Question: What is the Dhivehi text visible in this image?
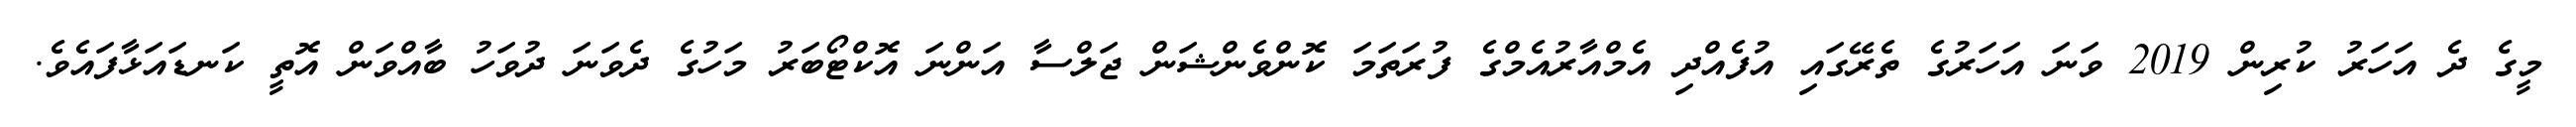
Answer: މީގެ ދެ އަހަރު ކުރިން 2019 ވަނަ އަހަރުގެ ތެރޭގައި އުފެއްދި އެމްއާރުއެމްގެ ފުރަތަމަ ކޮންވެންޝަން ޖަލްސާ އަންނަ އޮކްޓޯބަރު މަހުގެ ދެވަނަ ދުވަހު ބާއްވަން އޮތީ ކަނޑައަޅާފައެވެ.